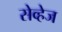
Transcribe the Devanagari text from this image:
सेव्हेज